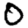
Digit: 0